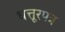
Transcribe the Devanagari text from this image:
धत्तूरपत्र